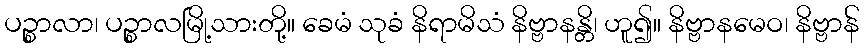
ပဉ္စာလာ၊ ပဉ္စာလမြို့သားတို့။ ခေမံ သုခံ နိရာမိသံ နိဗ္ဗာနန္တိ၊ ဟူ၍။ နိဗ္ဗာနမေဝ၊ နိဗ္ဗာန်